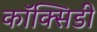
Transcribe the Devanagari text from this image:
कॉक्सिडी